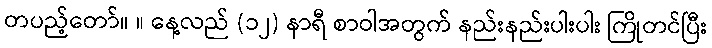
တပည့်တော်။ ။ နေ့လည် (၁၂) နာရီ စာဝါအတွက် နည်းနည်းပါးပါး ကြိုတင်ပြီး